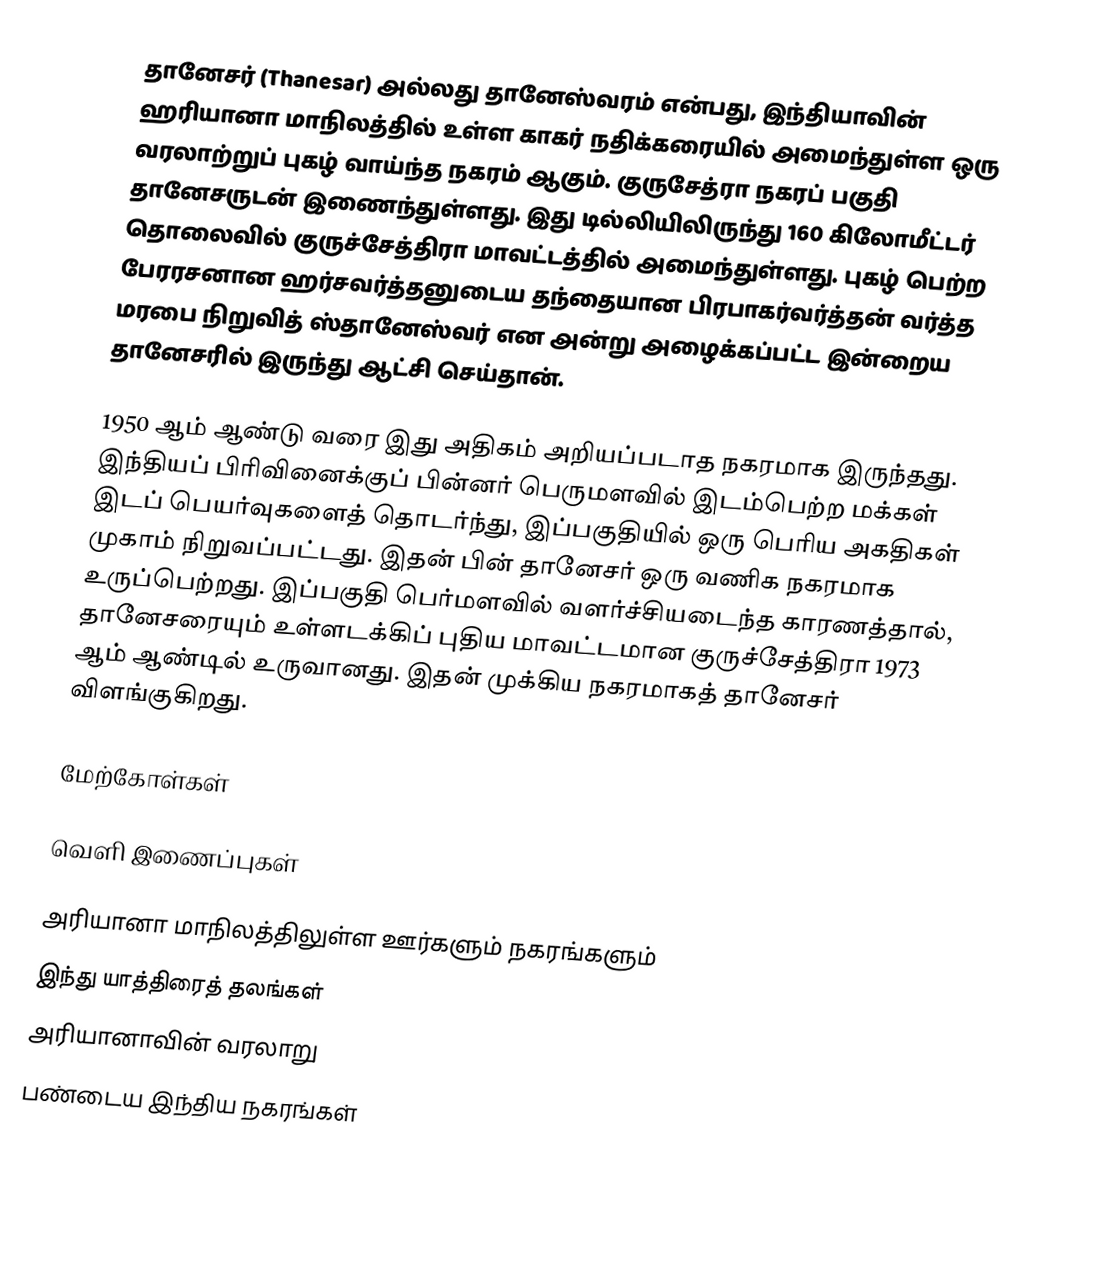
தானேசர் (Thanesar) அல்லது தானேஸ்வரம் என்பது, இந்தியாவின் ஹரியானா மாநிலத்தில் உள்ள காகர் நதிக்கரையில் அமைந்துள்ள ஒரு வரலாற்றுப் புகழ் வாய்ந்த நகரம் ஆகும்.  குருசேத்ரா நகரப் பகுதி தானேசருடன் இணைந்துள்ளது.  இது டில்லியிலிருந்து 160 கிலோமீட்டர் தொலைவில் குருச்சேத்திரா மாவட்டத்தில் அமைந்துள்ளது. புகழ் பெற்ற பேரரசனான ஹர்சவர்த்தனுடைய தந்தையான பிரபாகர்வர்த்தன் வர்த்த மரபை நிறுவித் ஸ்தானேஸ்வர் என அன்று அழைக்கப்பட்ட இன்றைய தானேசரில் இருந்து ஆட்சி செய்தான்.

1950 ஆம் ஆண்டு வரை இது அதிகம் அறியப்படாத நகரமாக இருந்தது. இந்தியப் பிரிவினைக்குப் பின்னர் பெருமளவில் இடம்பெற்ற மக்கள் இடப் பெயர்வுகளைத் தொடர்ந்து, இப்பகுதியில் ஒரு பெரிய அகதிகள் முகாம் நிறுவப்பட்டது. இதன் பின் தானேசர் ஒரு வணிக நகரமாக உருப்பெற்றது. இப்பகுதி பெர்மளவில் வளர்ச்சியடைந்த காரணத்தால், தானேசரையும் உள்ளடக்கிப் புதிய மாவட்டமான குருச்சேத்திரா 1973 ஆம் ஆண்டில் உருவானது. இதன் முக்கிய நகரமாகத் தானேசர் விளங்குகிறது.

மேற்கோள்கள்

வெளி இணைப்புகள்

அரியானா மாநிலத்திலுள்ள ஊர்களும் நகரங்களும்
இந்து யாத்திரைத் தலங்கள்
அரியானாவின் வரலாறு
பண்டைய இந்திய நகரங்கள்